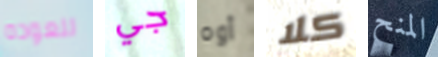
للعوده جي أوه كلا المنح